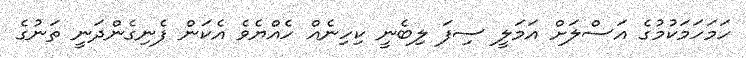
ހަމަހަމަކުމުގެ އަސްލަށް އަމަލީ ސިފަ ލިބެނީ ކިހިނެއް ހެއްޔެވެ އެކަން ފެނިގެންދަނީ ތަނުގެ